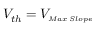
V _ { t h } = V _ { \substack { \scriptscriptstyle M a x \, S l o p e } }